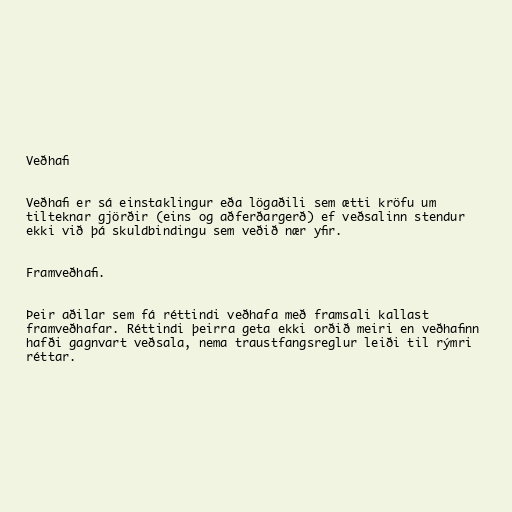
Veðhafi

Veðhafi er sá einstaklingur eða lögaðili sem ætti kröfu um
tilteknar gjörðir (eins og aðferðargerð) ef veðsalinn stendur
ekki við þá skuldbindingu sem veðið nær yfir.

Framveðhafi.

Þeir aðilar sem fá réttindi veðhafa með framsali kallast
framveðhafar. Réttindi þeirra geta ekki orðið meiri en veðhafinn
hafði gagnvart veðsala, nema traustfangsreglur leiði til rýmri
réttar.